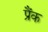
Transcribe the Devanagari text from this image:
प्रैंक